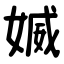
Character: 媙